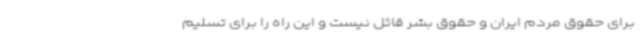
برای حقوق مردم ایران و حقوق بشر قائل نیست و این راه را برای تسلیم